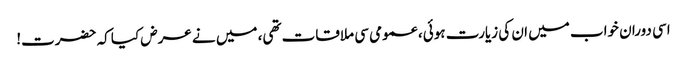
اسی دوران خواب میں ان کی زیارت ہوئی، عمومی سی ملاقات تھی، میں نے عرض کیا کہ حضرت!